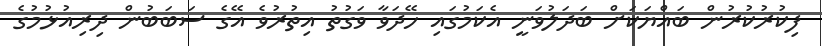
ފިކުރުކުރުން ބައްޔަކަށް ބަދަލުވަނީ އެކަމުގައި ހޭދަވާ ވަގުތު އިތުރުވެ އޭގެ ސަބަބުން ދިރިއުޅުމުގެ